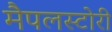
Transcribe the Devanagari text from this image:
मैपलस्टोरी